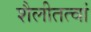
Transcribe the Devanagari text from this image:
शैलीतत्वां